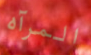
المرآه